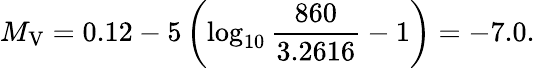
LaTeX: M_{\mathrm{V}}=0.12-5\left(\log_{10}{\frac{860}{3.2616}}-1\right)=-7.0.